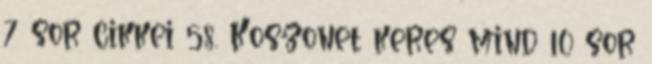
7 sor cikkei 58. Koszonet keres mind 10 sor